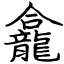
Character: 龕